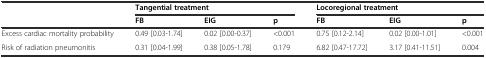
<table><thead><tr><td></td><td colspan="3"><b>Tangential treatment</b></td><td colspan="3"><b>Locoregional treatment</b></td></tr><tr><td></td><td><b>FB</b></td><td><b>EIG</b></td><td><b>p</b></td><td><b>FB</b></td><td><b>EIG</b></td><td><b>p</b></td></tr></thead><tbody><tr><td>Excess cardiac mortality probability</td><td>0.49 [0.03-1.74]</td><td>0.02 [0.00-0.37]</td><td>&lt;0.001</td><td>0.75 [0.12-2.14]</td><td>0.02 [0.00-1.01]</td><td>&lt;0.001</td></tr><tr><td>Risk of radiation pneumonitis</td><td>0.31 [0.04-1.99]</td><td>0.38 [0.05-1.78]</td><td>0.179</td><td>6.82 [0.47-17.72]</td><td>3.17 [0.41-11.51]</td><td>0.004</td></tr></tbody></table>